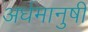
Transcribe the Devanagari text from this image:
अर्धमानुषी